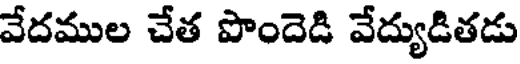
వేదముల చేత పొందెడి వేద్యుడితడు